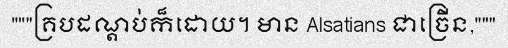
"""គ្របដណ្តប់ក៏ដោយ។ មាន Alsatians ជាច្រើន,"""